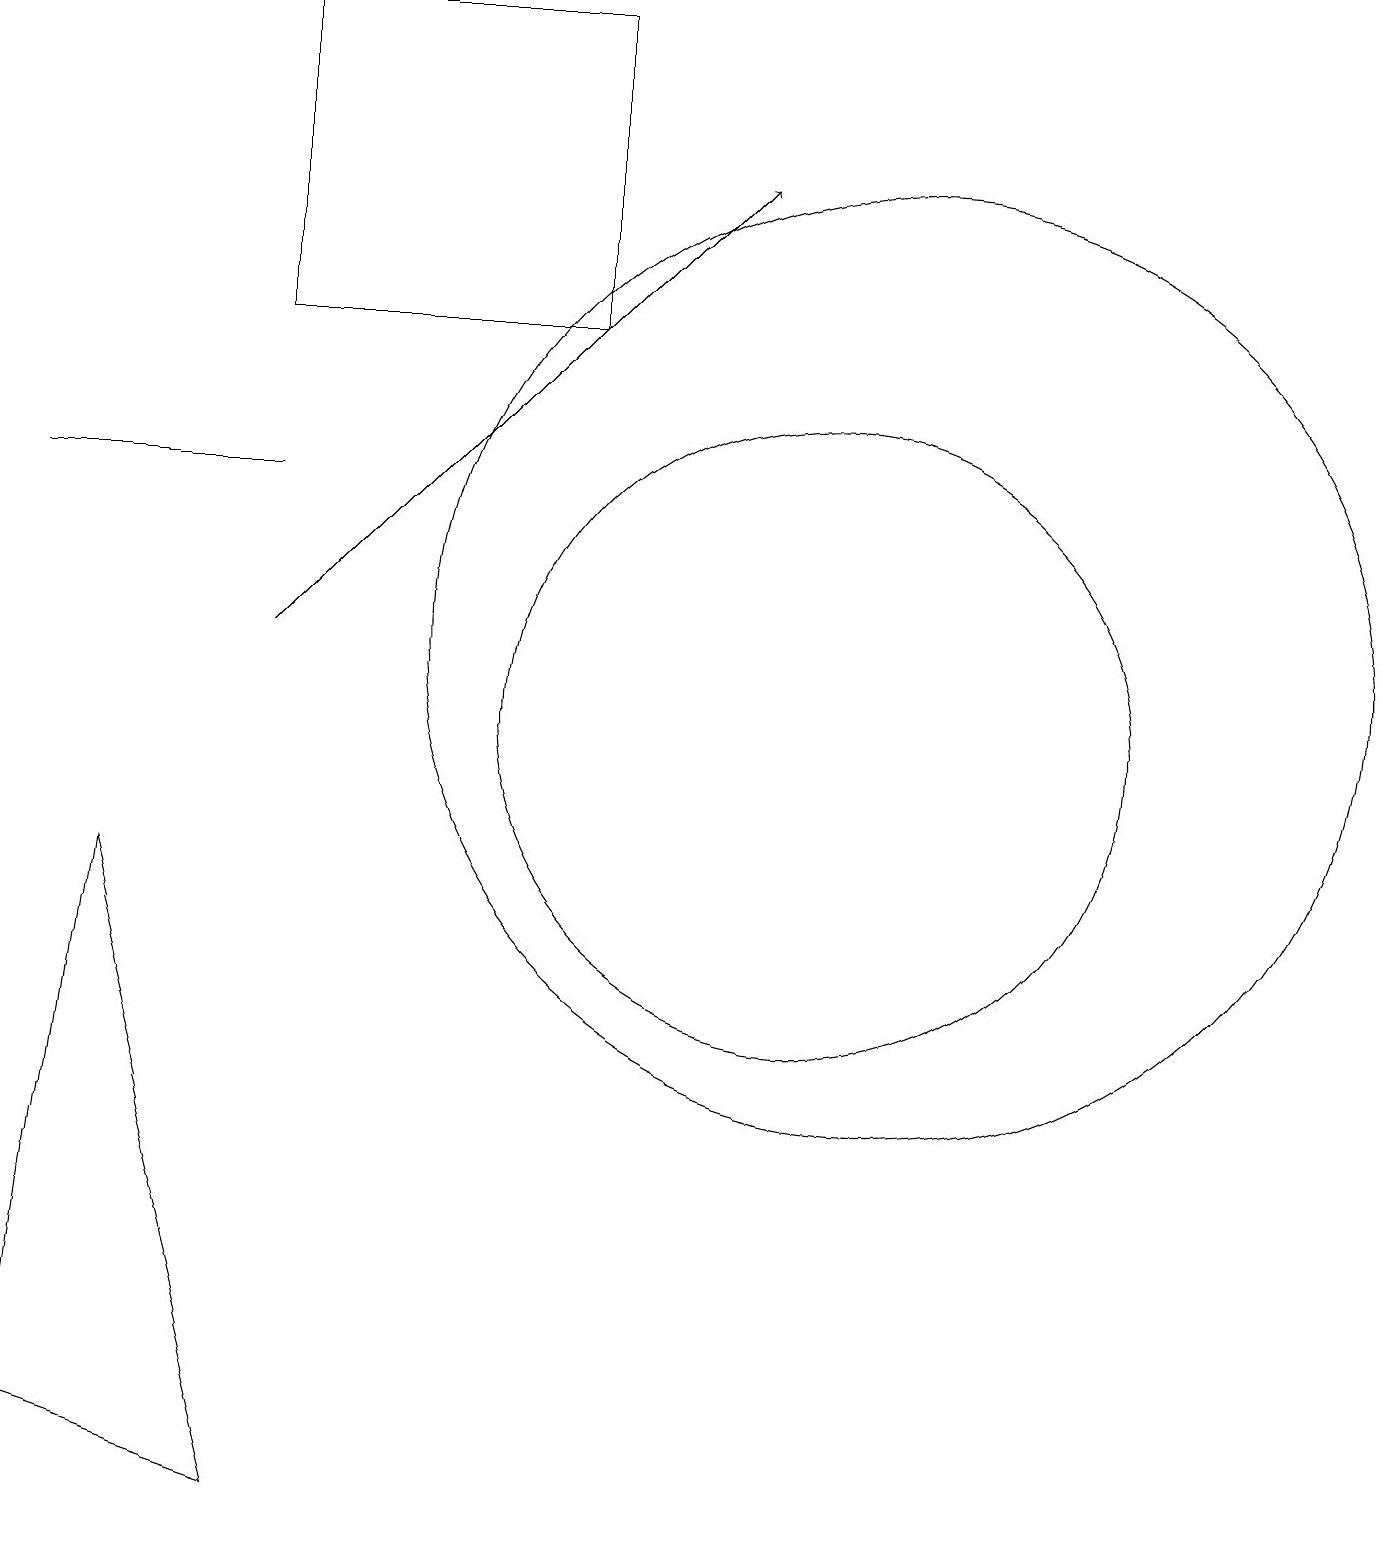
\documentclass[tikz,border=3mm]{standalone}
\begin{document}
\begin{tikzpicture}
\draw (0,1) -- (1,8) -- (3,0) -- cycle;
\draw (7,19) rectangle (3,15);
\draw[->] (3,11) -- (9,17);
\draw (10,10) circle (4);
\draw (11,11) circle (6);
\draw (0,13) rectangle (3,13);
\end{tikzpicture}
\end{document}